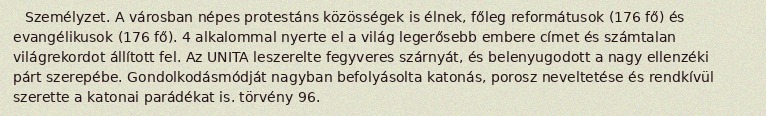
Személyzet. A városban népes protestáns közösségek is élnek, főleg reformátusok (176 fő) és evangélikusok (176 fő). 4 alkalommal nyerte el a világ legerősebb embere címet és számtalan világrekordot állított fel. Az UNITA leszerelte fegyveres szárnyát, és belenyugodott a nagy ellenzéki párt szerepébe. Gondolkodásmódját nagyban befolyásolta katonás, porosz neveltetése és rendkívül szerette a katonai parádékat is. törvény 96.